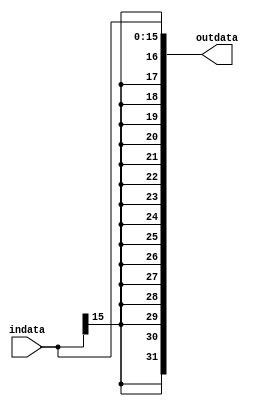
`timescale 1ns / 1ps
//////////////////////////////////////////////////////////////////////////////////
// Company: 
// Engineer: 
// 
// Design Name: 
// Module Name: movsx
// Project Name: 
// Target Devices: 
// Tool Versions: 
// Description: 
// 
// Dependencies: 
// 
// Revision:
// Revision 0.01 - File Created
// Additional Comments:
// 
//////////////////////////////////////////////////////////////////////////////////


module movsx
#(parameter IN_WIDTH=16,parameter OUT_WIDTH=32)(
    input wire [(IN_WIDTH-1):0] indata,
    output wire [(OUT_WIDTH-1):0] outdata
);
    assign outdata = {{(OUT_WIDTH-IN_WIDTH){indata[(IN_WIDTH-1)]}},indata};
endmodule